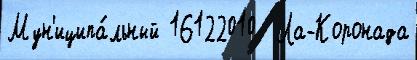
Мун'иципа́льный 16122010  Ла-Коронада